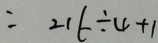
= 2 1 6 \div 4 + 1